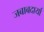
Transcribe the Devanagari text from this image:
जबाबदार्या